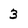
Character: 3